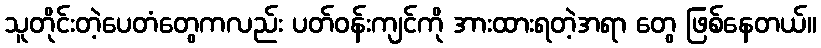
သူတိုင်းတဲ့ပေတံတွေကလည်း ပတ်ဝန်းကျင်ကို အားထားရတဲ့အရာ တွေ ဖြစ်နေတယ်။